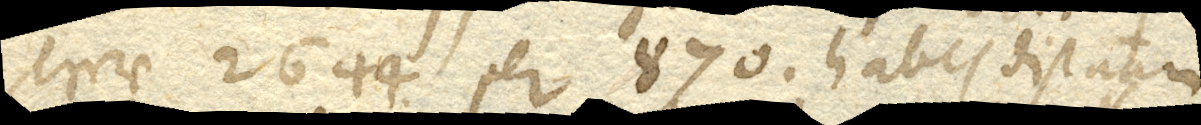
terrae 2644. per 870 habes distantiam